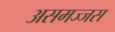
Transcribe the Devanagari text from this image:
असमज्जस